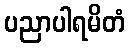
ပညာပါရမိတံ